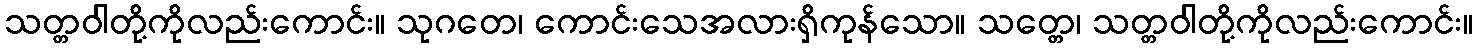
သတ္တဝါတို့ကိုလည်းကောင်း။ သုဂတေ၊ ကောင်းသေအလားရှိကုန်သော။ သတ္တေ၊ သတ္တဝါတို့ကိုလည်းကောင်း။